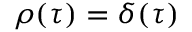
\rho ( \tau ) = \delta ( \tau )